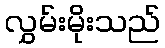
လွှမ်းမိုးသည်